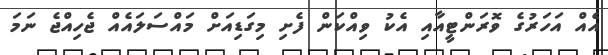
އެއް އަހަރުގެ ވޮރަންޓީއާއި އެކު ވިއްކަން ފެށި މިގަޑިއަށް މައްސަލައެއް ޖެހިއްޖެ ނަމަ